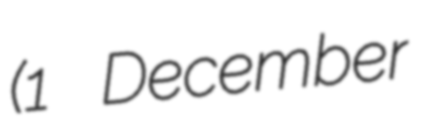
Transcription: (1 December